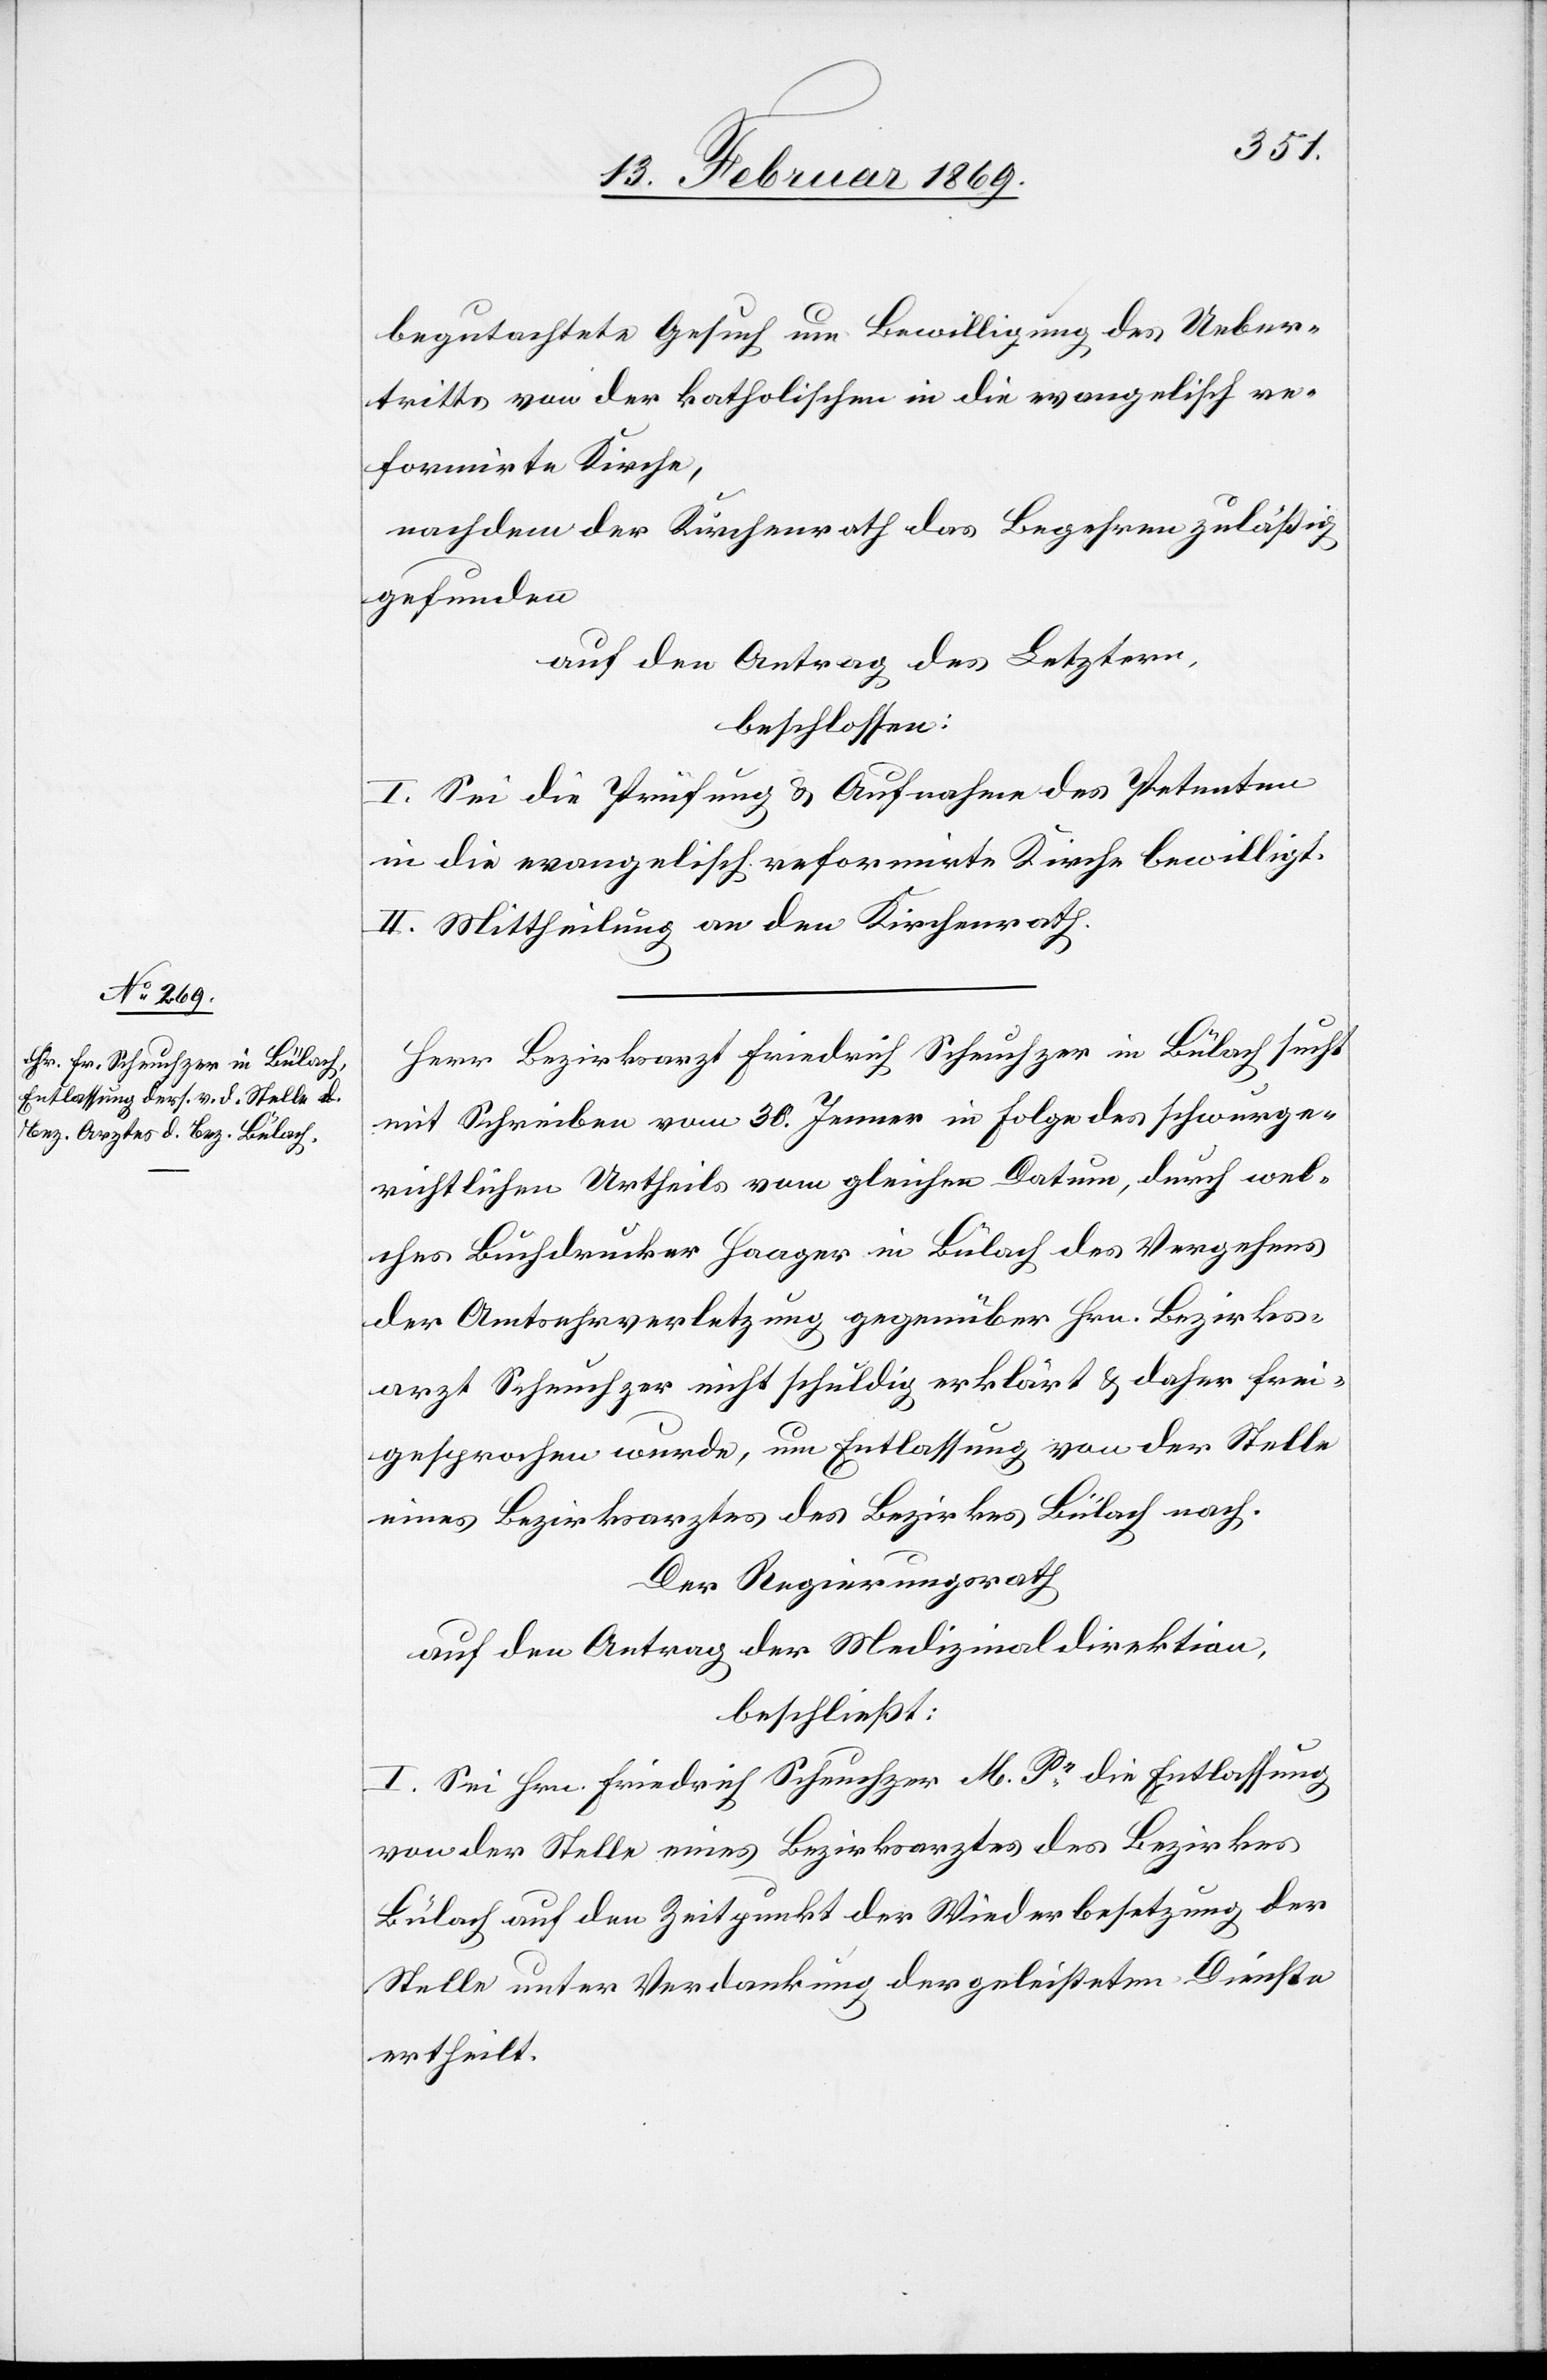
begutachtete Gesuch um Bewilligung des Ueber¬
tritts von der katholischen in die evangelisch re¬
formirte Kirche,
nachdem der Kirchenrath das Begehren zuläßig
gefunden
auf den Antrag des Letztern,
beschlossen:
I. Sei die Prüfung u. Aufnahme des Petenten
in die evangelisch reformirte Kirche bewilligt.
II. Mittheilung an den Kirchenrath.
Herr Bezirksarzt Friedrich Scheuchzer in Bülach sucht
mit Schreiben vom 30. Jenner in Folge des schwurge¬
richtlichen Urtheils vom gleichen Datum, durch wel¬
ches Buchdrucker Haager in Bülach des Vergehens
der Amtsehrverletzung gegenüber Hrn. Bezirks¬
arzt Scheuchzer nicht schuldig erklärt u. daher frei¬
gesprochen wurde, um Entlassung von der Stelle
eines Bezirksarztes des Bezirkes Bülach nach.
Der Regierungsrath
auf den Antrag der Medizinaldirektion,
beschließt:
I. Sei Hrn. Friedrich Scheuchzer M. Pr die Entlassung
von der Stelle eines Bezirksarztes des Bezirkes
Bülach auf den Zeitpunkt der Wiederbesetzung der
Stelle unter Verdankung der geleisteten Dienste
ertheilt.